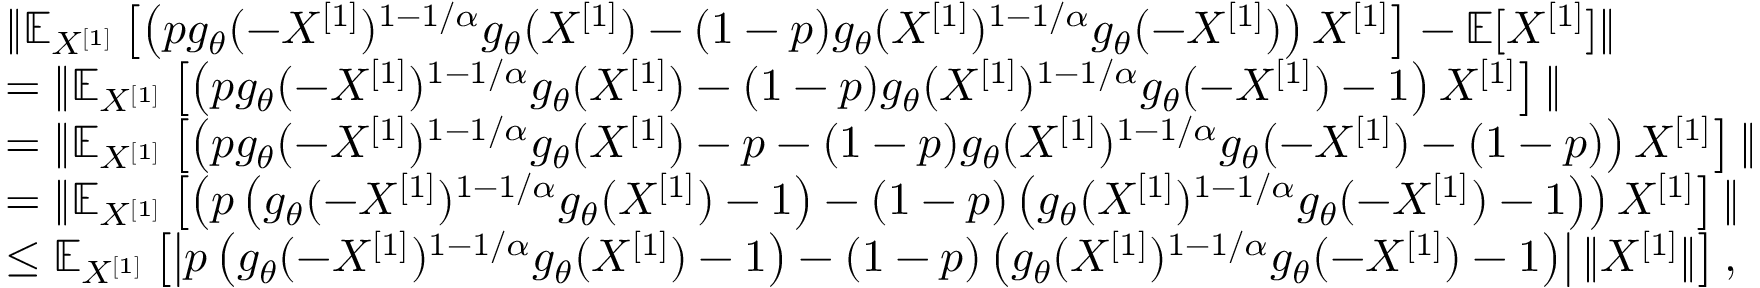
\begin{array} { r l } & { \| \mathbb { E } _ { X ^ { [ 1 ] } } \left[ \left( p g _ { \theta } ( - X ^ { [ 1 ] } ) ^ { 1 - 1 / \alpha } g _ { \theta } ( X ^ { [ 1 ] } ) - ( 1 - p ) g _ { \theta } ( X ^ { [ 1 ] } ) ^ { 1 - 1 / \alpha } g _ { \theta } ( - X ^ { [ 1 ] } ) \right) X ^ { [ 1 ] } \right] - \mathbb { E } [ X ^ { [ 1 ] } ] \| } \\ & { = \| \mathbb { E } _ { X ^ { [ 1 ] } } \left[ \left( p g _ { \theta } ( - X ^ { [ 1 ] } ) ^ { 1 - 1 / \alpha } g _ { \theta } ( X ^ { [ 1 ] } ) - ( 1 - p ) g _ { \theta } ( X ^ { [ 1 ] } ) ^ { 1 - 1 / \alpha } g _ { \theta } ( - X ^ { [ 1 ] } ) - 1 \right) X ^ { [ 1 ] } \right] \| } \\ & { = \| \mathbb { E } _ { X ^ { [ 1 ] } } \left[ \left( p g _ { \theta } ( - X ^ { [ 1 ] } ) ^ { 1 - 1 / \alpha } g _ { \theta } ( X ^ { [ 1 ] } ) - p - ( 1 - p ) g _ { \theta } ( X ^ { [ 1 ] } ) ^ { 1 - 1 / \alpha } g _ { \theta } ( - X ^ { [ 1 ] } ) - ( 1 - p ) \right) X ^ { [ 1 ] } \right] \| } \\ & { = \| \mathbb { E } _ { X ^ { [ 1 ] } } \left[ \left( p \left( g _ { \theta } ( - X ^ { [ 1 ] } ) ^ { 1 - 1 / \alpha } g _ { \theta } ( X ^ { [ 1 ] } ) - 1 \right) - ( 1 - p ) \left( g _ { \theta } ( X ^ { [ 1 ] } ) ^ { 1 - 1 / \alpha } g _ { \theta } ( - X ^ { [ 1 ] } ) - 1 \right) \right) X ^ { [ 1 ] } \right] \| } \\ & { \leq \mathbb { E } _ { X ^ { [ 1 ] } } \left[ \left| p \left( g _ { \theta } ( - X ^ { [ 1 ] } ) ^ { 1 - 1 / \alpha } g _ { \theta } ( X ^ { [ 1 ] } ) - 1 \right) - ( 1 - p ) \left( g _ { \theta } ( X ^ { [ 1 ] } ) ^ { 1 - 1 / \alpha } g _ { \theta } ( - X ^ { [ 1 ] } ) - 1 \right) \right| \| X ^ { [ 1 ] } \| \right] , } \end{array}